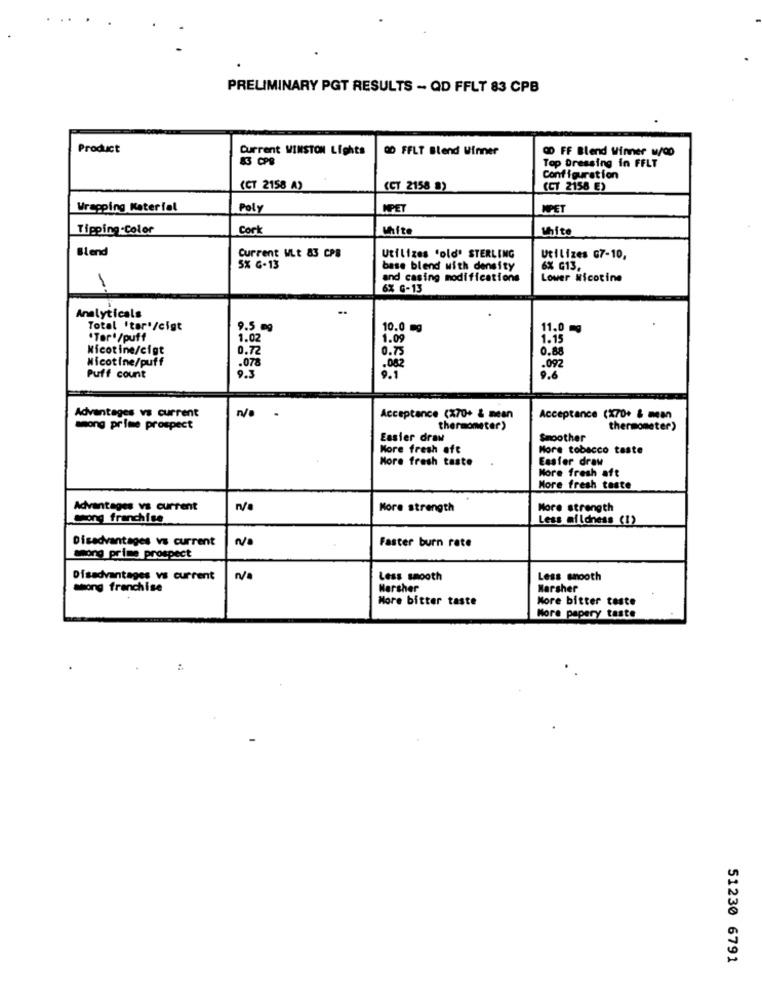
PRELIMINARY PGT RESULTS - QD FFLT 83 CPB
Product
Current WINSTON Lights
DO FFLT Blend Winner
OD FF Blend Winner w/OD
Top Dressing in FFLT
Configuration
(CT 2158 A)
(CT 2158 8)
(CT 2158 E)
Wrapping Material
Poly
MPET
WPET
Tipping.Color
Cork
White
White
Blend
Current WLt 83 CPB
Utilizes 'old' STERLING
Utilizes G7-10,
SX G-13
base blend with density
6% G13,
and casing modifications
Lower Nicotine
6X G-13
..
Analyticals
Total 'tar'/cigt
9.5 mg
10.0 mg
11.0 mg
.Tar'/puff
1.02
1.09
1.15
Nicotine/cigt
0.72
0.75
0.88
Nicotine/puff
.078
.082
.092
Puff count
9.6
no
.
Advantages vs current
Acceptance (X70+ & mean
Acceptance (X70+ & mcan
among prime prospect
thermometer)
thermometer)
Easier draw
Smoother
More fresh afe
More tobacco taste
More fresh taste
Easter draw
More fresh aft
More fresh teste
Advantages vs current
More strength
More strength
song franchise
Less mildness (1)
NO
Faster burn rate
Disadvantages vs current
among prime prospect
Disadvantages vs current
n/a
Less smooth
Less smooth
among franchise
Harsher
Harsher
More bitter taste
More bitter taste
More papery taste
51230 6791